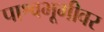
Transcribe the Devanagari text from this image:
पाश्वभूमीवर